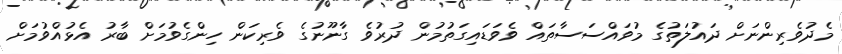
މެދުވެރިންނަށް ދައުލަތުގެ މުވައްސަސާތައް ވެވަޑައިގަތުމުން ދުރުވެ ގާނޫނުގެ ވެރިކަން ހިންގެވުމަށް ބާރު އެޅުއްވުމަށް